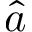
\hat { a }